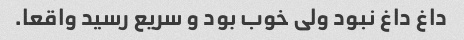
داغ داغ نبود ولی خوب بود و سریع رسید واقعا.